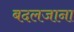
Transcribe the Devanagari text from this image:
बदलजाना